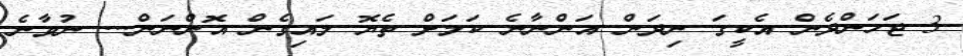
3 ޖަހަންދެންް އެކީގަ ނިދަން އަންނާނެ ކަމަށް ތެޔޮ ލައިގެން އޮންނަން... ނުވާނެ